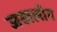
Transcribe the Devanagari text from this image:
जखलोन